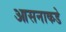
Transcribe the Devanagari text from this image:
आसनाकडे